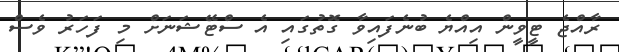
ރާއްޖެ ޓީވީން އިއްޔެ ބުނެފައިވާ ގޮތުގައި އެ ސްޓޭޝަނަށް މި ފަހަރު ވެސް